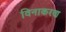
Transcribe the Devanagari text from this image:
विनाकरण